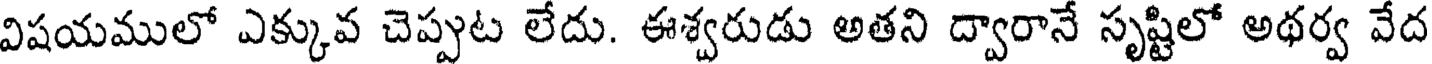
విషయములో ఎక్కువ చెప్పుట లేదు. ఈశ్వరుడు అతని ద్వారానే సృష్టిలో అథర్వ వేద